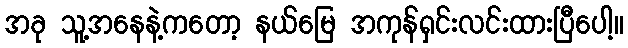
အခု သူ့အနေနဲ့ကတော့ နယ်မြေ အကုန်ရှင်းလင်းထားပြီပေါ့။